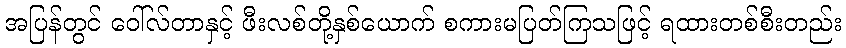
အပြန်တွင် ဝေါ်လ်တာနှင့် ဖီးလစ်တို့နှစ်ယောက် စကားမပြတ်ကြသဖြင့် ရထားတစ်စီးတည်း